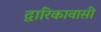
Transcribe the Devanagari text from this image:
द्वारिकावासी